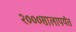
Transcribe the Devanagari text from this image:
२०००सालापर्यंत